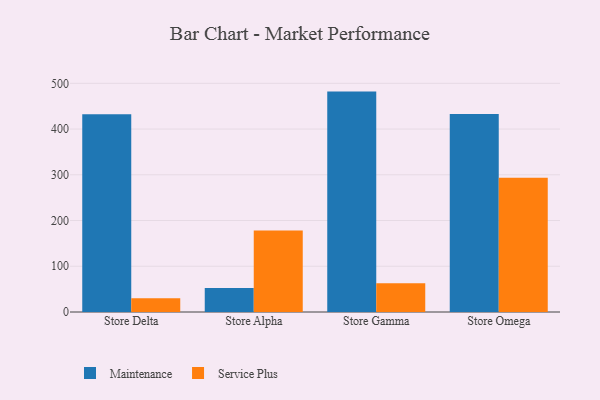
{"axis": {"x": "Store", "y": "Gross Profit (USD K)"}, "legend": ["Maintenance", "Service Plus"], "data": [{"x": "Store Delta", "y": 432.4, "type": "Maintenance"}, {"x": "Store Delta", "y": 29.9, "type": "Service Plus"}, {"x": "Store Alpha", "y": 52.6, "type": "Maintenance"}, {"x": "Store Alpha", "y": 178.3, "type": "Service Plus"}, {"x": "Store Gamma", "y": 481.9, "type": "Maintenance"}, {"x": "Store Gamma", "y": 62.7, "type": "Service Plus"}, {"x": "Store Omega", "y": 432.7, "type": "Maintenance"}, {"x": "Store Omega", "y": 293.6, "type": "Service Plus"}]}